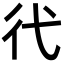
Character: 𢓀